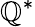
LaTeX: \mathbb{Q}^{*}